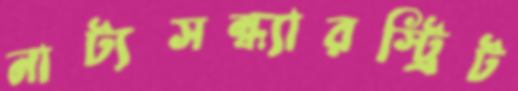
নাট্যসন্ধ্যারস্ট্রিট